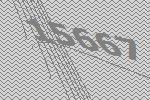
15667